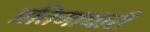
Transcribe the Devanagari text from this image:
प्रतिमाधारी